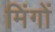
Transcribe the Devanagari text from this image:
मिंगों